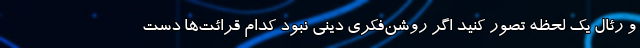
و رئال یک لحظه تصور کنید اگر روشن‌فکری دینی نبود کدام قرائت‌ها دست